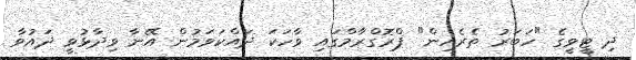
ދި ޓީވީގެ "ހަބަރު ތެރެއިން" ޕްރޮގްރާމްގައި ވާހަކަ ދައްކަވަމުން އޭނާ ވިދާޅުވީ ދައުވާ